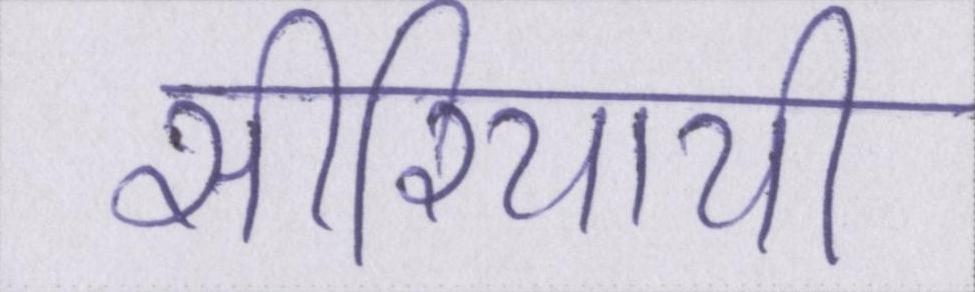
सीरियायी